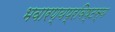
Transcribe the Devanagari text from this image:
भवारण्यप्रविष्टस्य